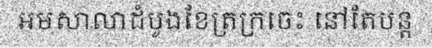
អមសាលាដំបូងខែត្រក្រចេះ នៅតែបន្ត